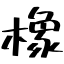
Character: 橡